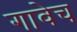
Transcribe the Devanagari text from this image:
गावेच